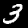
Digit: 3